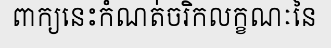
ពាក្យនេះកំណត់ចរិកលក្ខណៈនៃ